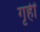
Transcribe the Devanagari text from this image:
गृहीं